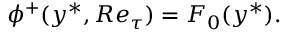
\phi ^ { + } ( y ^ { \ast } , R e _ { \tau } ) = F _ { 0 } ( y ^ { \ast } ) .